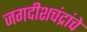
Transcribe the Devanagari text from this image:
जगदीशचंद्रांचे